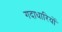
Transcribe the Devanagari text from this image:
गदाधारियों